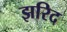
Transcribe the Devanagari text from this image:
झरिद